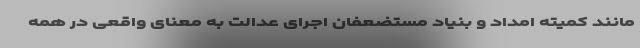
مانند کمیته امداد و بنیاد مستضعفان اجرای عدالت به معنای واقعی در همه